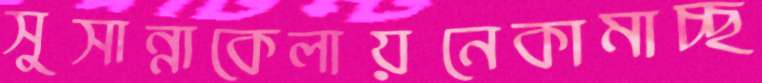
সুসান্নাকেলায়নেকামাচ্ছ